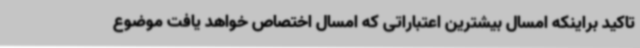
تاکید براینکه امسال بیشترین اعتباراتی که امسال اختصاص خواهد یافت موضوع